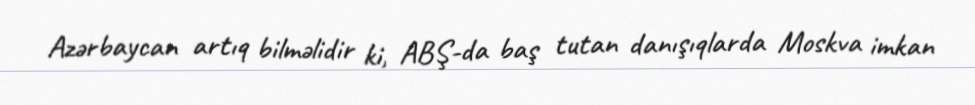
Azərbaycan artıq bilməlidir ki, ABŞ-da baş tutan danışıqlarda Moskva imkan